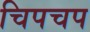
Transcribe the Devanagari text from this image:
चिपचप